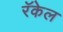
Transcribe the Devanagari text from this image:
रॅकेल